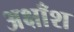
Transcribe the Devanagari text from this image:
अक्षाँश